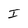
Character: I